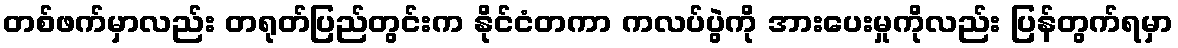
တစ်ဖက်မှာလည်း တရုတ်ပြည်တွင်းက နိုင်ငံတကာ ကလပ်ပွဲကို အားပေးမှုကိုလည်း ပြန်တွက်ရမှာ